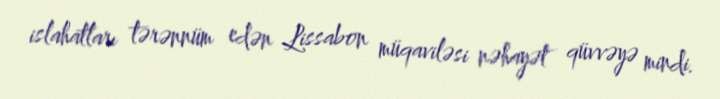
islahatları tərənnüm edən Lissabon müqaviləsi nəhayət qüvvəyə mindi.